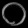
Digit: ၀